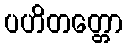
ပဟိတတ္တော